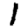
Digit: 1